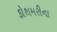
કોથમરીના